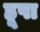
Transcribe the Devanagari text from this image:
हूपा